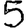
Digit: 5